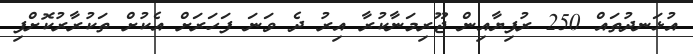
އުޅަނދުތައް 250 ރުފިޔާއިން ޖޫރިމަނާކުރާ އިރު ދެ ވަނަ ފަހަރަށް އެކުށް ތަކުރާރުކޮށްފި